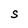
Character: S